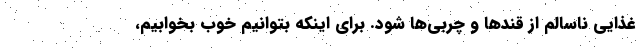
غذایی ناسالم از قند‌ها و چربی‌ها شود. برای اینکه بتوانیم خوب بخوابیم،